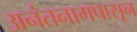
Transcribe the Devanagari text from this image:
अनंतनागपासून